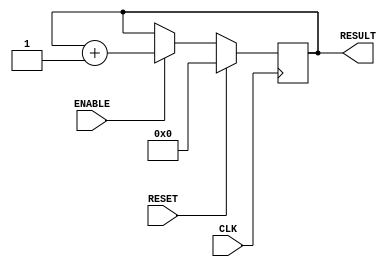
module Counter #(parameter WIDTH=6)(CLK,ENABLE,RESET,RESULT);//
	input CLK;
	input ENABLE;
	input RESET;
	output reg [WIDTH-1:0]RESULT;

	always @(posedge CLK)begin
		if(RESET)begin
			RESULT<=0;
		end
		else begin
			if(ENABLE)begin
				RESULT<=RESULT+1;
			end
			else begin
				RESULT<=RESULT;
			end
		end
	end
endmodule